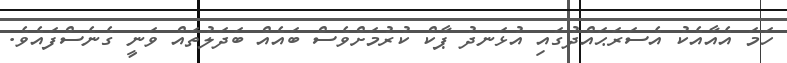
ހަމަ އެއާއެކު އެސަރަޙައްދުގައި އުޅަނދު ޕާކް ކުރުމަށްވެސް ބައެއް ބަދަލުތައް ވަނީ ގެނެސްފައެވެ.